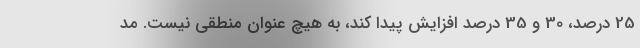
25 درصد، 30 و 35 درصد افزایش پیدا کند، به هیچ عنوان منطقی نیست. مد